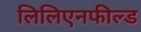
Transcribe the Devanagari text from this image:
लिलिएनफील्ड